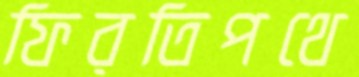
ফিরতিপথে